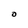
Character: O